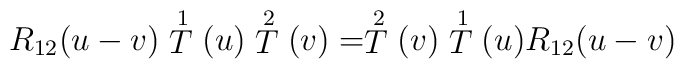
R_{12}(u-v) \stackrel{1}{T}(u) \stackrel{2}{T}(v) =\stackrel{2}{T}(v) \stackrel{1}{T}(u) R_{12}(u-v)